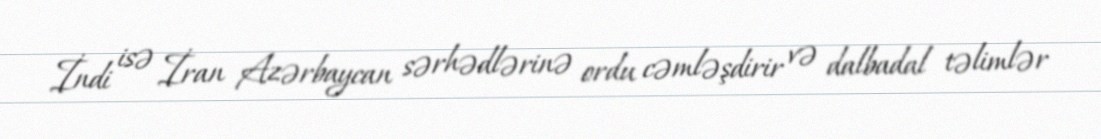
İndi isə İran Azərbaycan sərhədlərinə ordu cəmləşdirir və dalbadal təlimlər